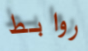
روابط